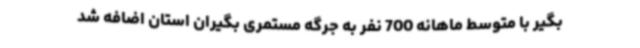
بگیر با متوسط ماهانه 700 نفر به جرگه مستمری بگیران استان اضافه شد